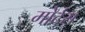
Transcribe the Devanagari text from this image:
मोर्टस